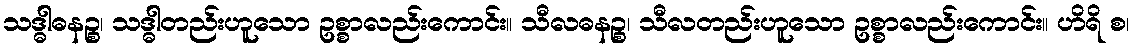
သဒ္ဓါဓနဉ္စ၊ သဒ္ဓါတည်းဟူသော ဥစ္စာလည်းကောင်း။ သီလဓနဉ္စ၊ သီလတည်းဟူသော ဥစ္စာလည်းကောင်း။ ဟိရိ စ၊